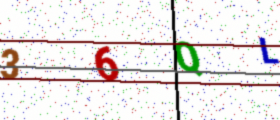
Text: 36QL